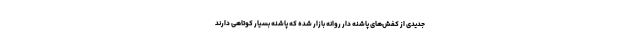
جدیدی از کفش‌های پاشنه دار روانه بازار شده که پاشنه بسیار کوتاهی دارند